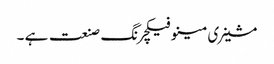
مشینری مینوفیکچرنگ صنعت ہے ۔